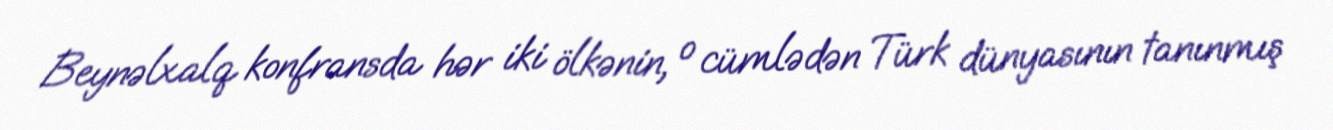
Beynəlxalq konfransda hər iki ölkənin, o cümlədən Türk dünyasının tanınmış